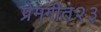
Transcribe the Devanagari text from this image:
प्रेमगीत२३